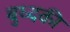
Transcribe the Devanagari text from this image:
बुध्दकी